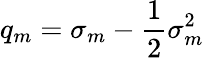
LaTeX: q_{m}=\sigma_{m}-\frac{1}{2}\sigma_{m}^{2}